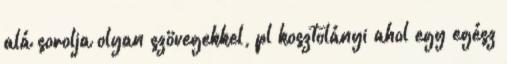
alá sorolja olyan szövegekkel, pl kosztolányi ahol egy egész